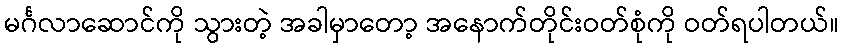
မင်္ဂလာဆောင်ကို သွားတဲ့ အခါမှာတော့ အနောက်တိုင်းဝတ်စုံကို ဝတ်ရပါတယ်။